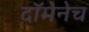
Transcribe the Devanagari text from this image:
दॉमेनेच